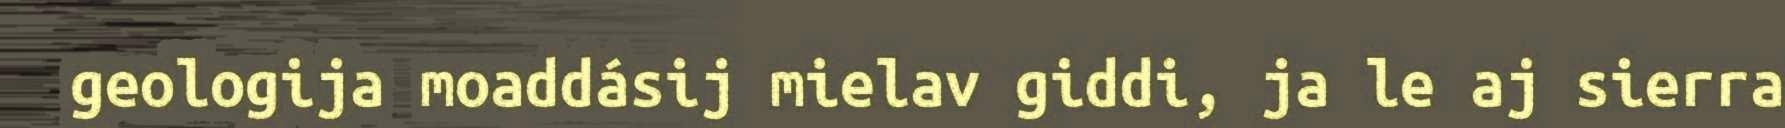
geologija moaddásij mielav giddi, ja le aj sierra